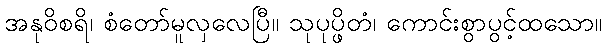
အနုဝိစရိ၊ စံတော်မူလှလေပြီ။ သုပုပ္ဖိတံ၊ ကောင်းစွာပွင့်ထသော။